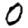
Digit: 0